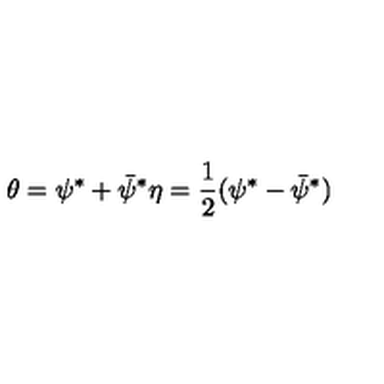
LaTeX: \theta = \psi ^ { \ast } + \bar { \psi } ^ { \ast } \eta = { \frac { 1 } { 2 } } ( \psi ^ { \ast } - \bar { \psi } ^ { \ast } )